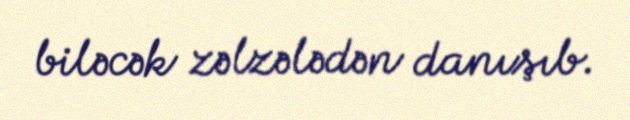
biləcək zəlzələdən danışıb.